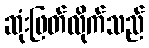
ဆုံးဖြတ်လိုက်သည်